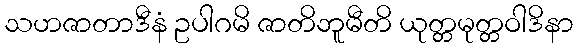
သဟဇာတာဒီနံ ဥပါဂမိ ဇာတိဘူမီတိ ယုတ္တမုတ္တဝါဒိနာ